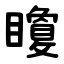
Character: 矎